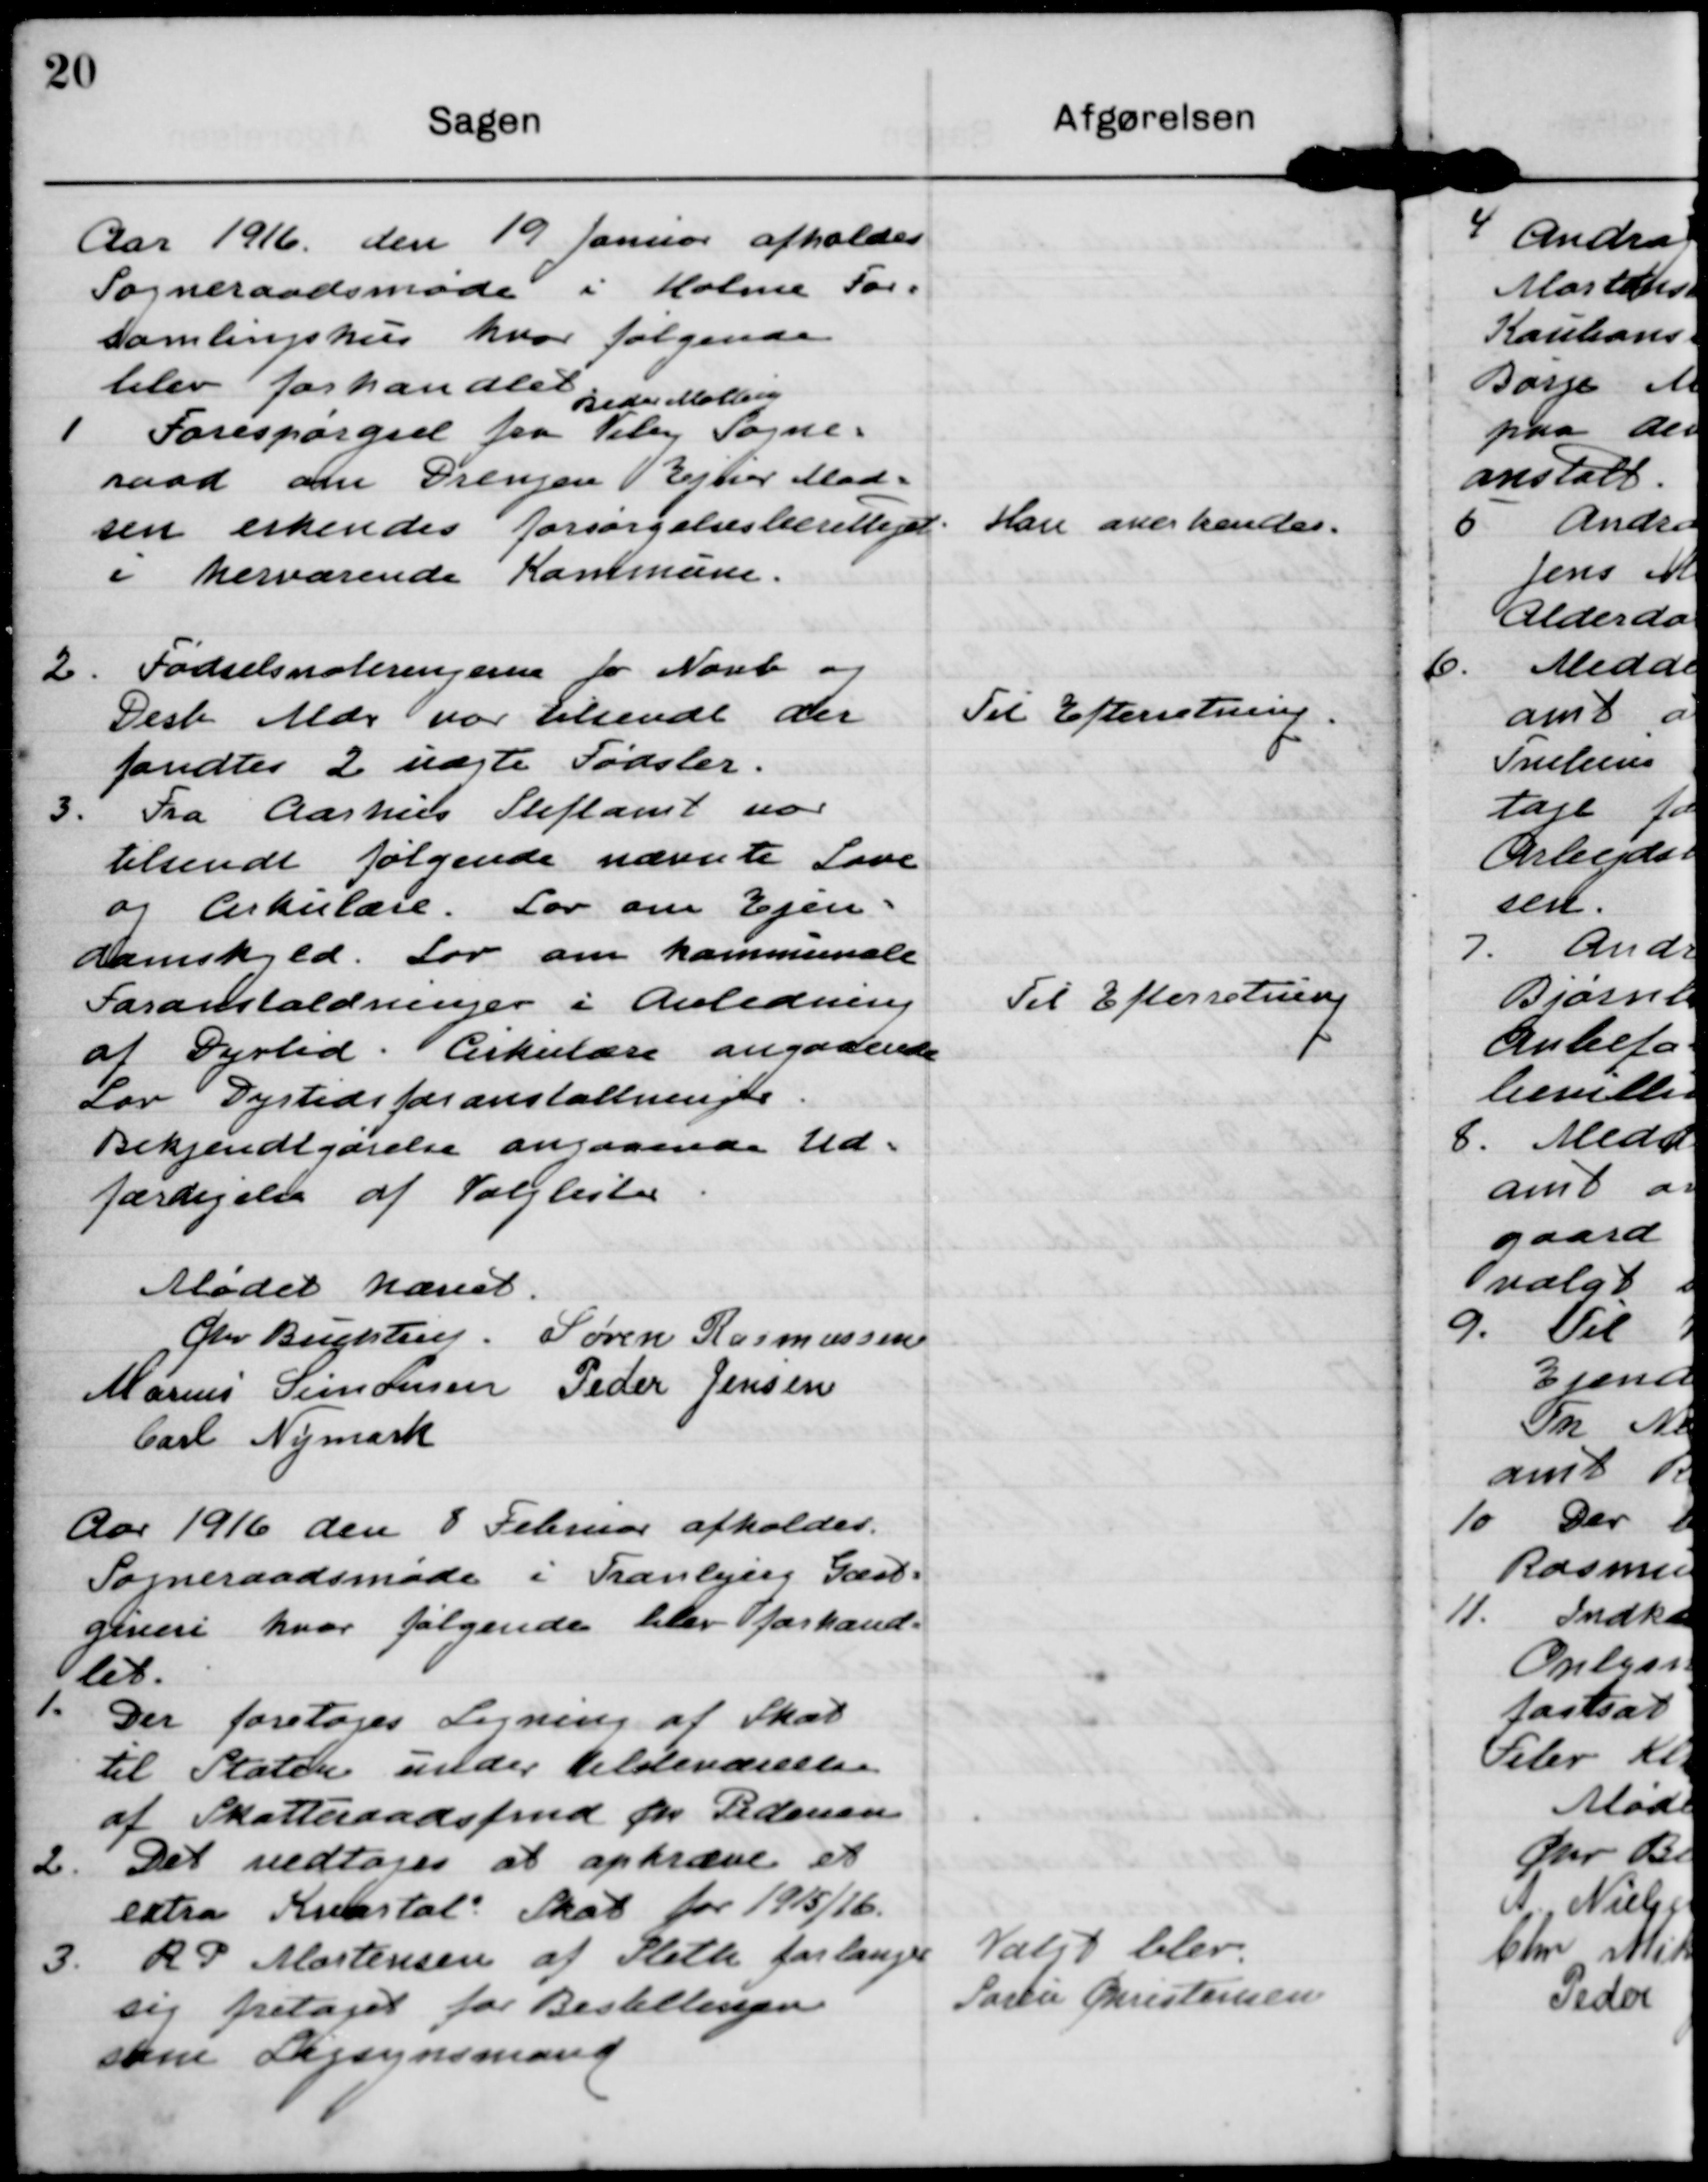
Transskription:
Aar 1916. den 19 Januar afholdes
Sogneraadsmøde i Holme For=
samlingshus hvor følgende 
blev forhandlet.

1. Forespørgsel fra Viby
Beder Malling
Sogne=
raad om Drengen Ejner Mad=
sen erkendes forsørgelsesbevilliget
i herværende Kommune.

Han anerkendes.

2. Fødselsnoteringerne for Novb og 
Desb. Mdr var tilsendt der
fandtes 2 uægte Fødsler.

Til Efterretning.

3. Fra Aarhus Stiftamt var
tilsendt følgende nævnte Love
og Cirkulære. Lov om Ejen-
domskyld. Lov om Kommunale
Foranstaldninger i Anledning
af Dyrtid. Cirkulære  angaaende
Lov Dyrtidsforanstaltninger.
Bekjendtgørelse angaaende Ud=
færdigelse af Valglister.

Til Efterretning

Mødet hævet
Chr. Buchtrup
Søren Rasmussen
Marius Simonsen
Peder Jensen
Carl Nymark

Aar 1916 den 8 Februar afholdes.
Sogneraadsmøde i Tranbjerg Gæst=
giveri hvor følgende blev forhand-
let.

1. Der foretoges Ligning af Skat
til Staten under tilsteværelse
af Skatteraadsfmd Chr Pedersen

2. Det vedtages at afkræve et
ekstra Kvartal Skat for 1915/16

3. R. P. Mortensen af Sleth forlanger
sig fritaget for Bestillingen
som Ligsynsmand

Valgt blev
Søren Christensen